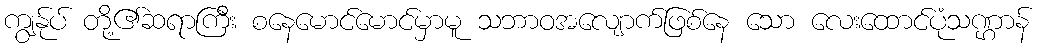
ကျွန်ုပ် တို့၏ဆရာကြီး စနေမောင်မောင်မှာမူ သဘာဝအလျောက်ဖြစ်နေ သော လေးထောင်ပုံသဏ္ဌာန်